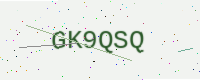
Text: GK9QSQ